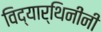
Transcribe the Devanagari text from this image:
विद्यार्थिनींनी